King Institute of Preventive Medicine Micro-Biological Section reports 1912-19
Year: 1912
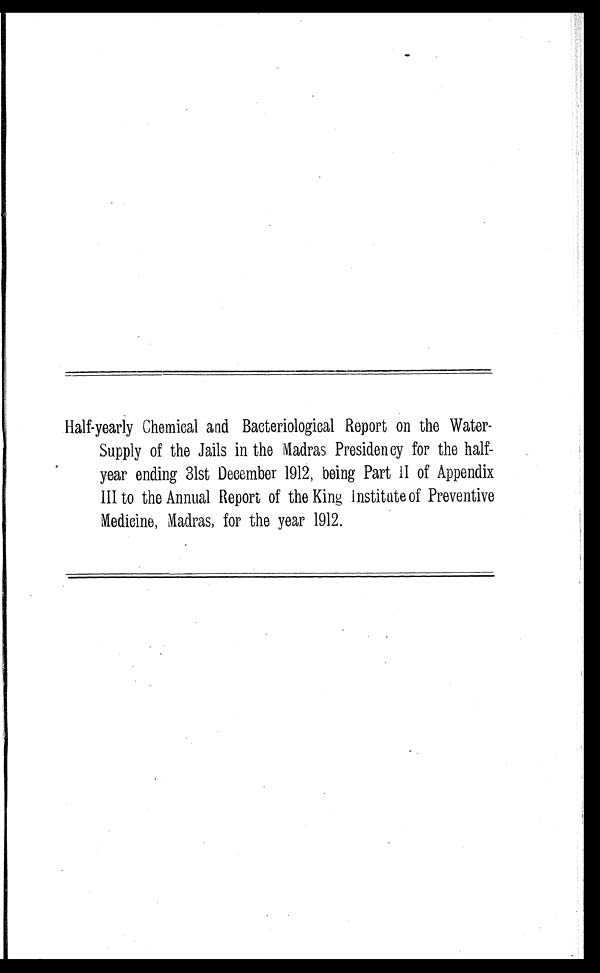
Half-yearly Chemical and Bacteriological Report on the Water-
Supply of the Jails in the Madras Presidency for the half-
year ending 31st December 1912, being Part II of Appendix
III to the Annual Report of the King Institute of Preventive
Medicine, Madras, for the year 1912.